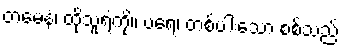
တမေနံ၊ ထိုသူရဲကို။ ပရေ၊ တစ်ပါးသော စစ်သည်